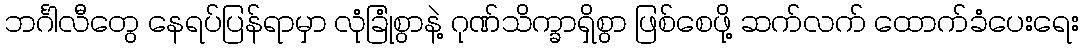
ဘင်္ဂါလီတွေ နေရပ်ပြန်ရာမှာ လုံခြုံစွာနဲ့ ဂုဏ်သိက္ခာရှိစွာ ဖြစ်စေဖို့ ဆက်လက် ထောက်ခံပေးရေး